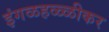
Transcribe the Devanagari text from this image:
इंगळहळ्ळीकर